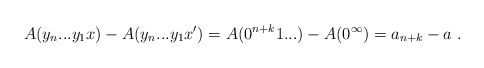
\begin{align*}A(y_n...y_1x) - A(y_n...y_1x') = A(0^{n+k}1...) - A(0^\infty) = a_{n+k} - a \ .\end{align*}